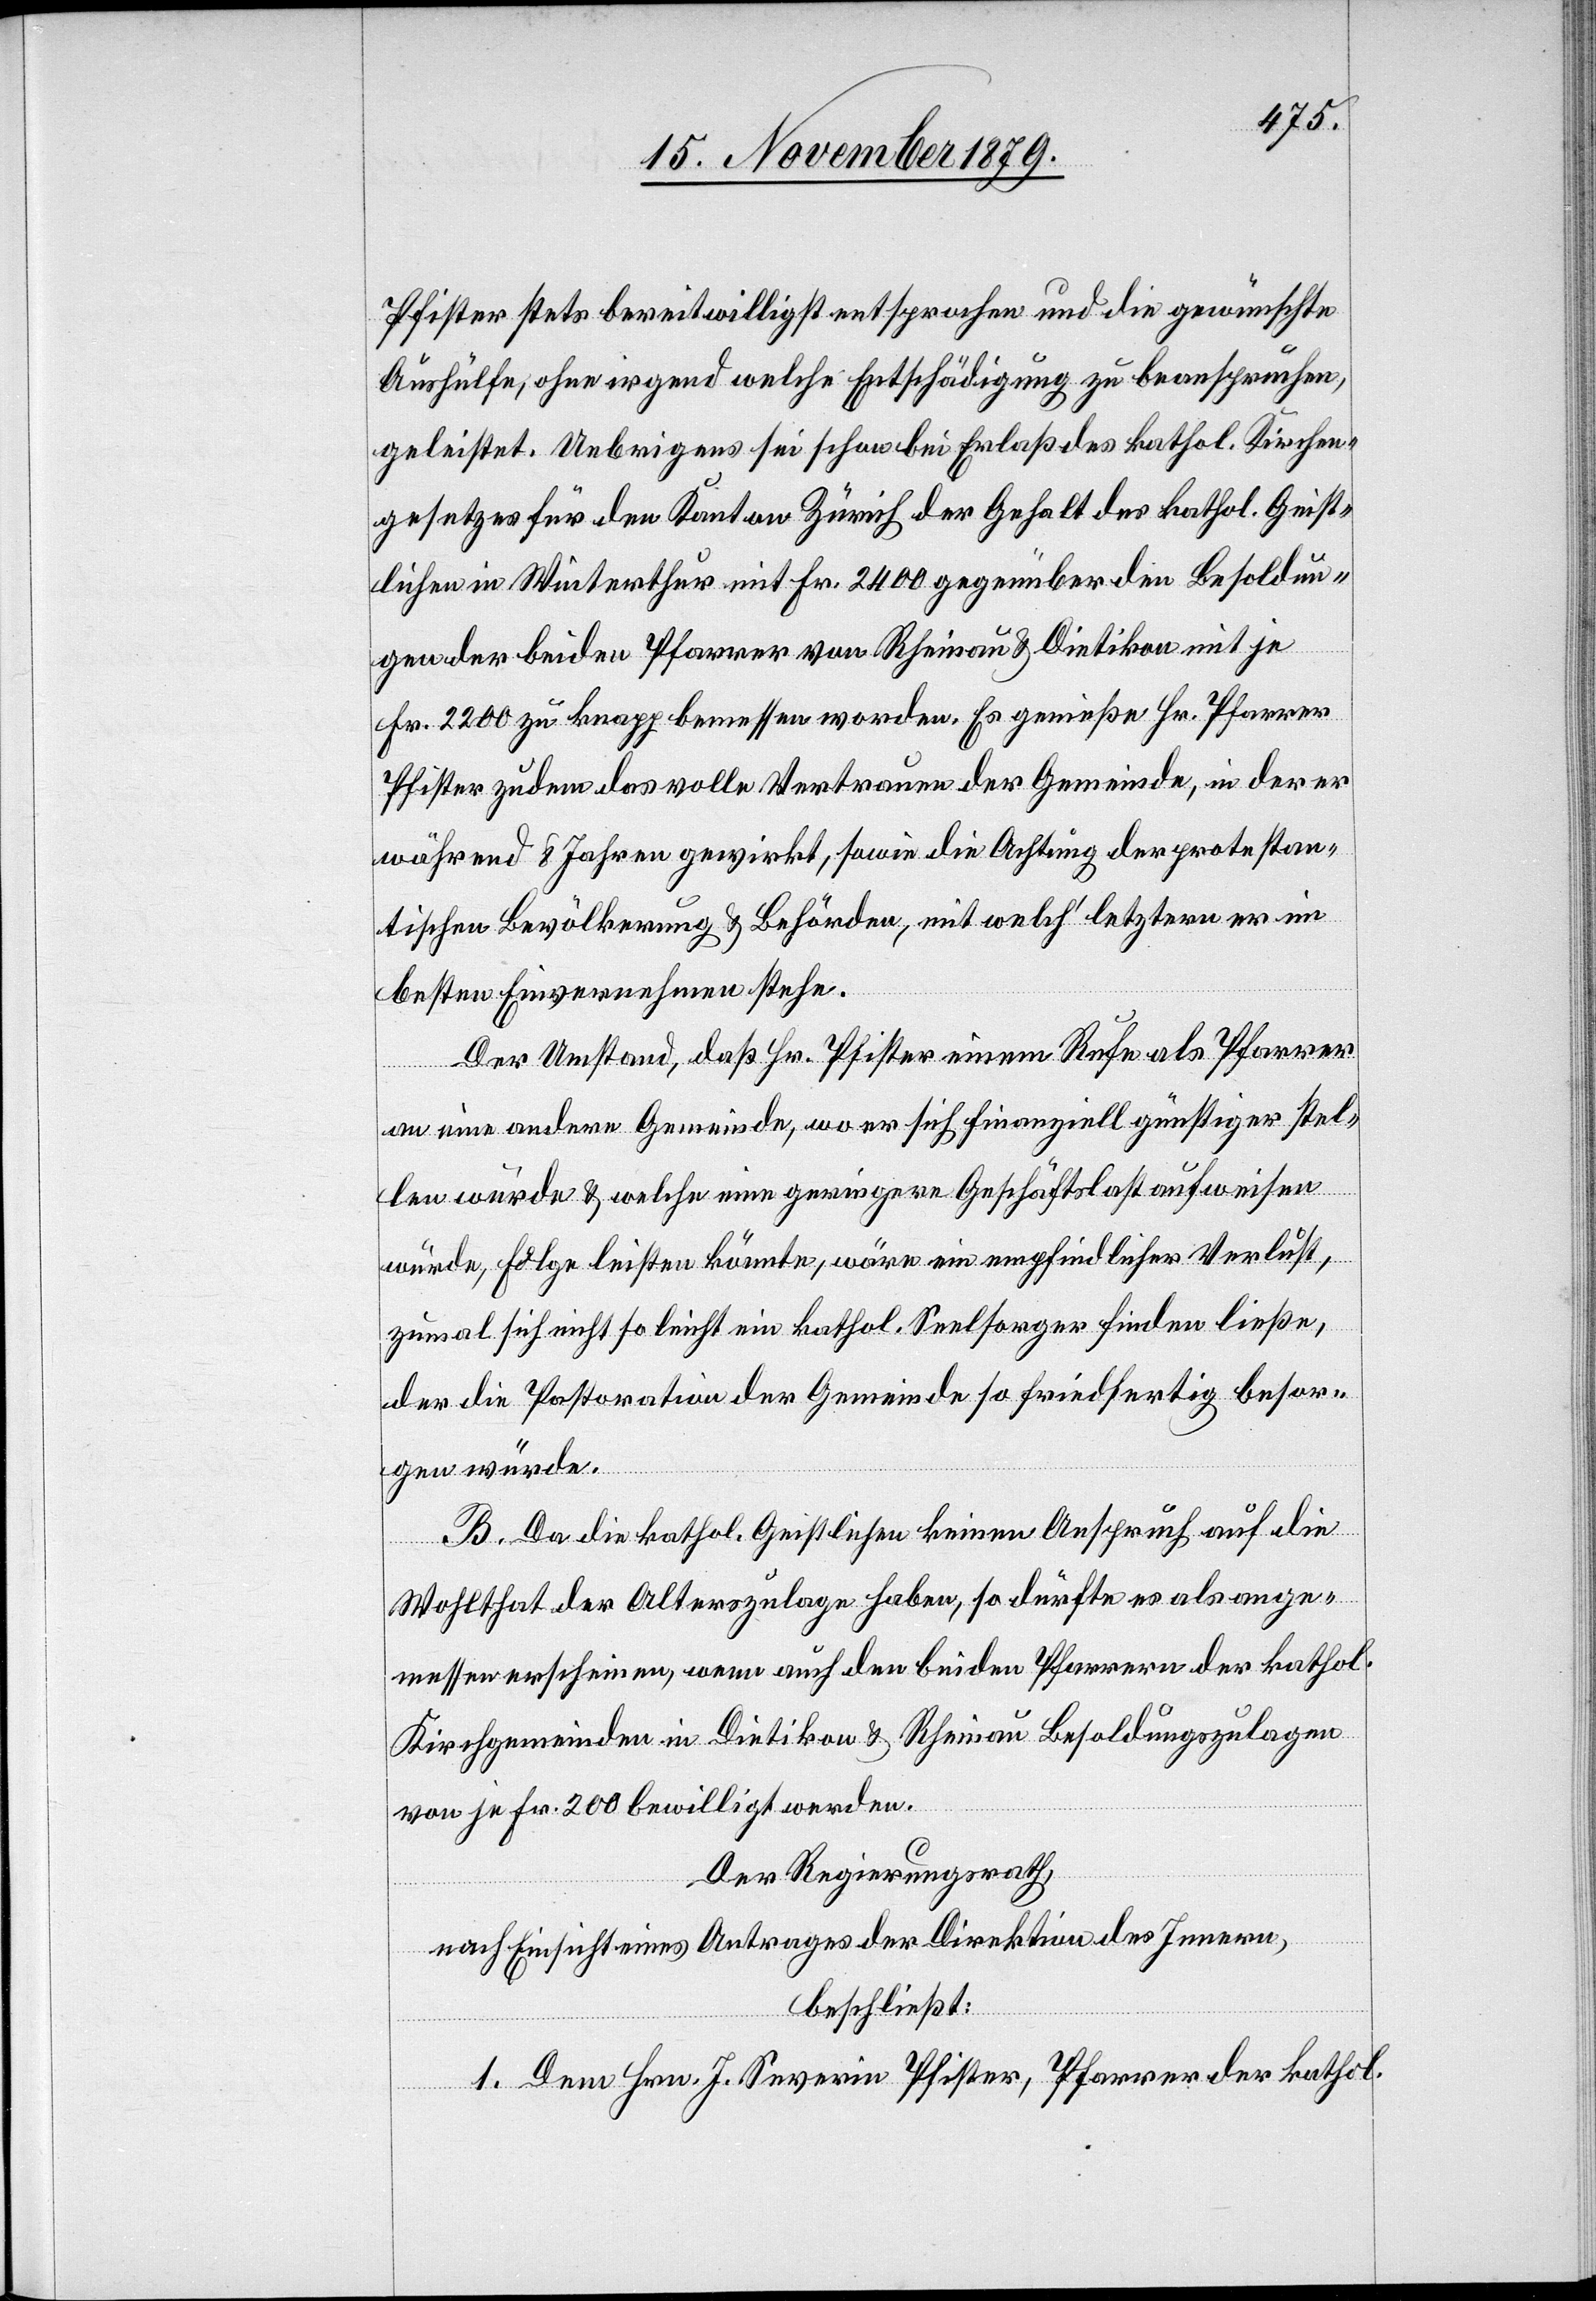
Pfister stest bereitwilligst entsprochen und die gewünschte
Aushülfe, ohne irgend welche Entschädigung zu beanspruchen,
geleistet. Uebrigens sei schon bei Erlaß des kathol. Kirchen¬
gesetzes für den Kanton Zürich der Gehalt der kathol. Geist¬
lichen in Winterthur mit Fr. 2400 gegenüber den Besoldun¬
gen der beiden Pfarrer von Rheinau & Dietikon mit je
Fr. 2200 zu knapp bemessen worden. Es genieße Hr. Pfarrer
Pfister zudem das volle Vertrauen der Gemeinde, in der er
während 8 Jahren gewirkt, sowie die Achtung der protestan¬
tischen Bevölkerung & Behörden, mit welch’ letztern er im
besten Einvernehmen stehe.
Der Umstand, daß Hr. Pfister einem Rufe als Pfarrer
an eine andere Gemeinde, wo er sich finanziell günstiger stel¬
l würde & welche eine geringere Geschäftslast aufweisen
würde, Folge leisten könnte, wäre ein empfindlicher Verlust,
zumal sich nicht so leicht ein kathol. Seelsorger finden ließe,
der die Pastoration der Gemeinde so friedfertig besor¬
gen würde.
B. Da die kathol. Geistlichen keinen Anspruch auf die
Wohltat der Alterszulagen haben, so dürfte es als ange¬
messen erscheinen, wenn auch den beiden Pfarrern der kathol.
Kirchgemeinden in Dietikon & Rheinau Besoldungszulagen
von je Fr. 200 bewilligt werden.
Der Regierungsrath,
nach Einsicht eines Antrages der Direktion des Innern,
beschließt:
1. Dem Hrn. J. Severin Pfister, Pfarrer der kathol.